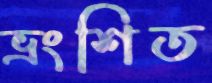
ভ্রংশিত